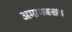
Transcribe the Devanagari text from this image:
अमामबख्श